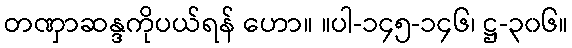
တဏှာဆန္ဒကိုပယ်ရန် ဟော။ ။ပါ-၁၄၅-၁၄၆၊ ဋ္ဌ-၃၀၆။